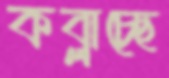
কব্‌লাচ্ছে